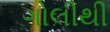
ગોલીથી